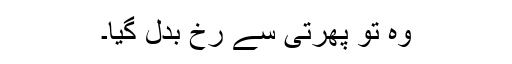
وہ تو پھرتی سے رُخ بدل گیا۔